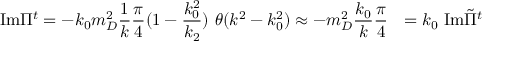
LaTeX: { \mathrm { I m } } \Pi ^ { t } = - k _ { 0 } m _ { D } ^ { 2 } { \frac { 1 } { k } } { \frac { \pi } { 4 } } ( 1 - { \frac { k _ { 0 } ^ { 2 } } { k _ { 2 } } } ) \ \theta ( k ^ { 2 } - k _ { 0 } ^ { 2 } ) \approx - m _ { D } ^ { 2 } { \frac { k _ { 0 } } { k } } { \frac { \pi } { 4 } } \ \ = k _ { 0 } \ { \mathrm { I m } } { \tilde { \Pi } } ^ { t }